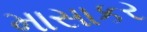
માસાકર